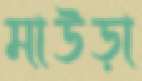
মাউড়া